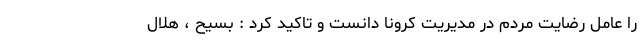
را عامل رضایت مردم در مدیریت کرونا دانست و تاکید کرد : بسیح ، هلال